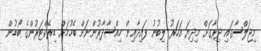
މިޖަލްސާގައި ދިރާގަށް މިދިޔަ އަހަރު ލިބުނު ފައިދާއިން ހިއްސާދާރުންނަށް ބެހުމަށް ޑިރެކްޓަރުންގެ ބޯޑުން